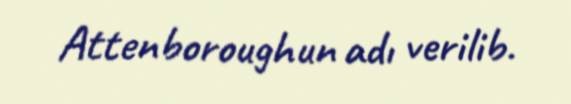
Attenboroughun adı verilib.